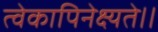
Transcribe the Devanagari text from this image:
त्वेकापिनेक्ष्यते।।